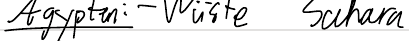
Ägypten: - Wüste Sahara